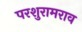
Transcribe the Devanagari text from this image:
परशुरामराव